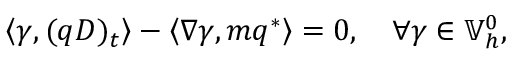
\left\langle \gamma , ( q D ) _ { t } \right\rangle - \left\langle \nabla \gamma , m q ^ { * } \right\rangle = 0 , \quad \forall \gamma \in \mathbb { V } _ { h } ^ { 0 } ,